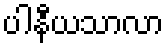
ပါနီယသာလာ